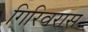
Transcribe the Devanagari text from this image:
गिरिवरास